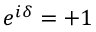
e ^ { i \delta } = + 1